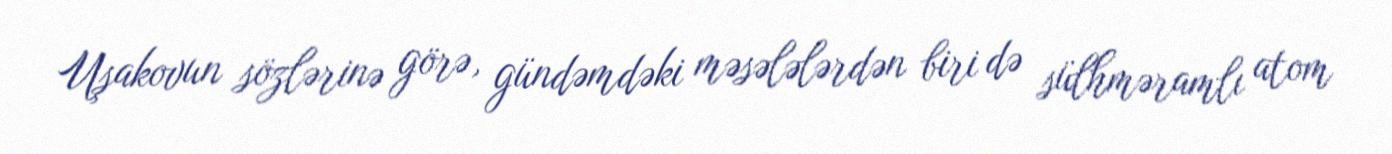
Uşakovun sözlərinə görə, gündəmdəki məsələlərdən biri də sülhməramlı atom